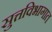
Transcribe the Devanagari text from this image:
सुत्तविभागात